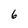
Character: 6